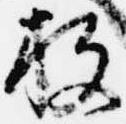
放